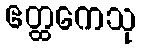
ဧတ္ထကေသု